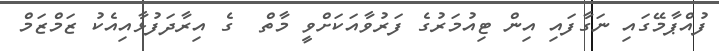
ފުއްޕާމޭގައި ނަގާފައި އިން ޓިއުމަރުގެ ފަރުވާއަކަށްވީ މާތް  ގެ އިރާދަފުޅާއިއެކު ޒަމްޒަމް